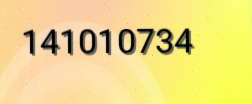
141010734